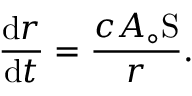
\frac { \mathrm { d } r } { \mathrm { d } t } = \frac { c A _ { \circ } \mathrm { S } } { r } .